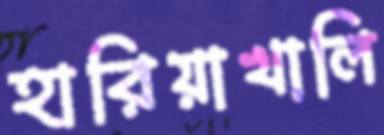
হারিয়াখালি